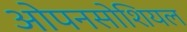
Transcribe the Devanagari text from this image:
ओपनसोशियल